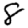
Digit: 8